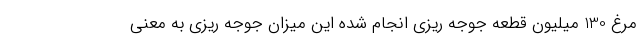
مرغ 130 میلیون قطعه جوجه ریزی انجام شده این میزان جوجه ریزی به معنی